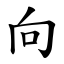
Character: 向